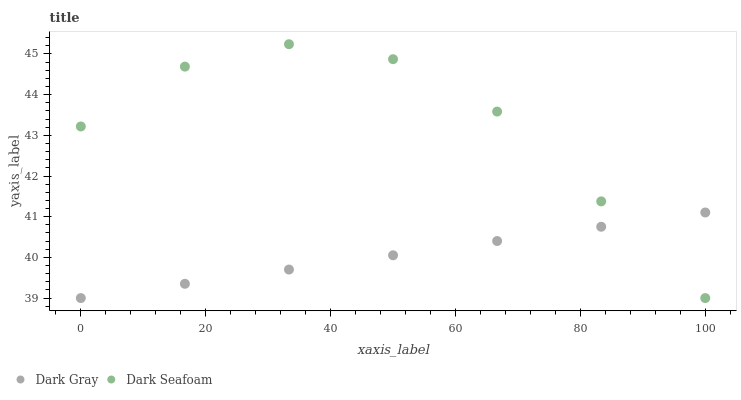
| xaxis_label | Dark Gray | Dark Seafoam |
 | --- | --- | --- |
 | 0 | 39 | 43.2 |
 | 16.7 | 39.4 | 44.7 |
 | 33.3 | 39.7 | 45.2 |
 | 50 | 40.1 | 44.9 |
 | 66.7 | 40.4 | 43.6 |
 | 83.3 | 40.8 | 41.4 |
 | 100 | 41.1 | 39 |